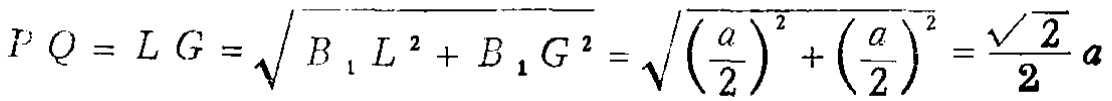
\[ PQ = LG=\sqrt{B_1L^{2}+B_1G^{2}}=\sqrt{\left(\frac{a}{2}\right)^{2}+\left(\frac{a}{2}\right)^{2}}=\frac{\sqrt{2}}{2}a \]